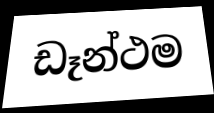
ඩෑන්ථම